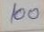
100